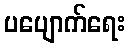
ပပျောက်ရေး